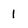
Character: 1